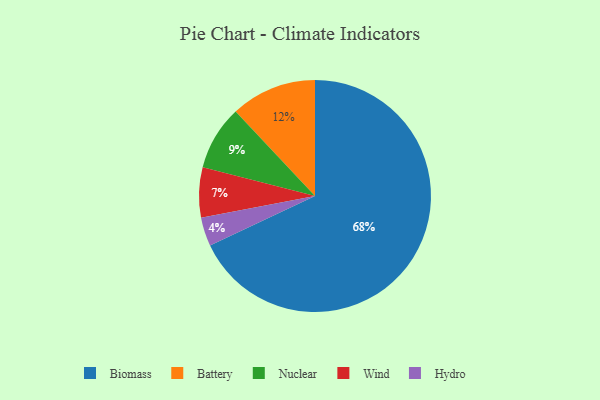
{"axis": {"x": "Category", "y": "Percentage"}, "legend": ["Battery", "Biomass", "Hydro", "Nuclear", "Wind"], "data": [{"x": "Nuclear", "y": 9, "type": "Nuclear"}, {"x": "Hydro", "y": 4, "type": "Hydro"}, {"x": "Battery", "y": 12, "type": "Battery"}, {"x": "Biomass", "y": 68, "type": "Biomass"}, {"x": "Wind", "y": 7, "type": "Wind"}]}